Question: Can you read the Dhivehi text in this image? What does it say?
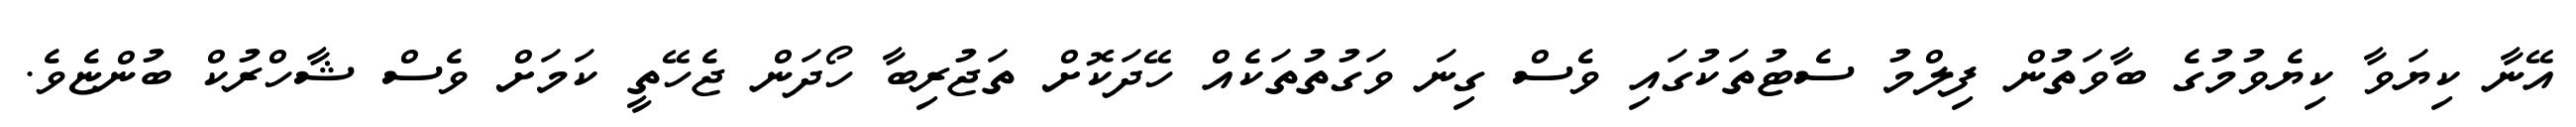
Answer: އޭނާ ކިޔަވާ ކިޔެވުމުގެ ބާވަތުން ފިލްމު ސެޓުތަކުގައި ވެސް ގިނަ ވަގުތުތަކެއް ހޭދަކޮށް ތަޖުރިބާ ހޯދަން ޖެހޭތީ ކަމަށް ވެސް ޝާހްރުކް ބުންޏެވެ.